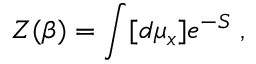
{ \cal Z } ( \beta ) = \int [ d \mu _ { x } ] e ^ { - S } \; ,